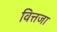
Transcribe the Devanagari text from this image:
वित्तजा